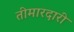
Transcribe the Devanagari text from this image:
तीमारदारी